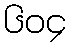
၆၀၄